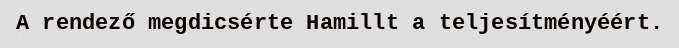
A rendező megdicsérte Hamillt a teljesítményéért.